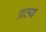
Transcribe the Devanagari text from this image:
प्रव्य